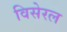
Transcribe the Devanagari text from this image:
विसेरल